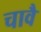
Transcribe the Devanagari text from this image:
चावै